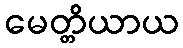
မေတ္တိယာယ